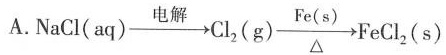
A. NaCl(aq) \xrightarrow[]{电解} Cl_{2}(g) \xrightarrow[ \triangle ]{Fe(s)} FeCl_{2}(s)